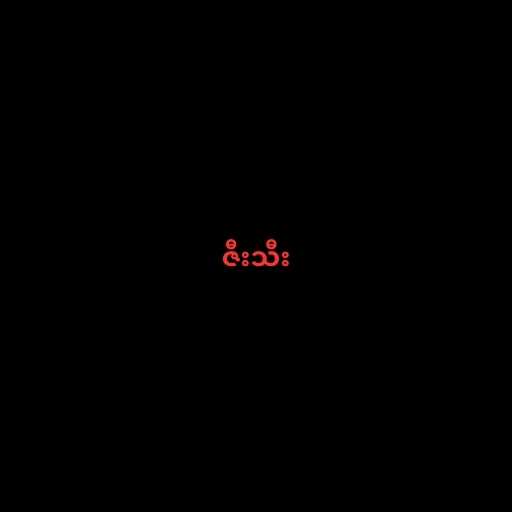
ဇီးသီး